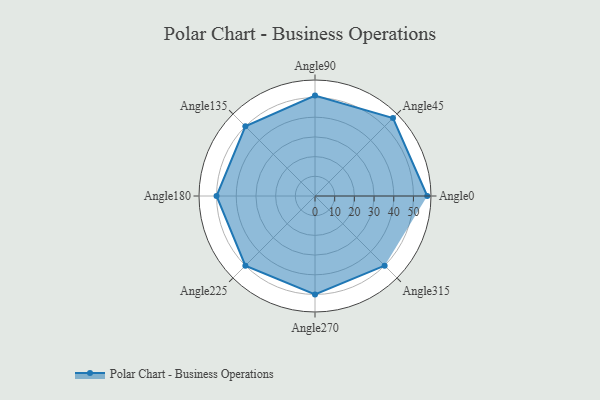
{"axis": {"x": "Angle", "y": "Radius"}, "legend": [""], "data": [{"x": "Angle0", "y": 57.0, "type": ""}, {"x": "Angle45", "y": 56.0, "type": ""}, {"x": "Angle90", "y": 51.0, "type": ""}, {"x": "Angle135", "y": 50, "type": ""}, {"x": "Angle180", "y": 50, "type": ""}, {"x": "Angle225", "y": 50, "type": ""}, {"x": "Angle270", "y": 50, "type": ""}, {"x": "Angle315", "y": 50, "type": ""}]}